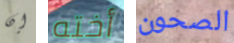
إن أخته الصحون